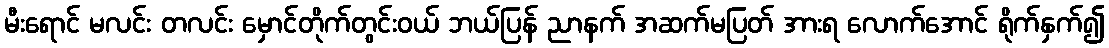
မီးရောင် မလင်း တလင်း မှောင်တိုက်တွင်းဝယ် ဘယ်ပြန် ညာနက် အဆက်မပြတ် အားရ လောက်အောင် ရိုက်နှက်၍